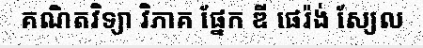
គណិតវិទ្យា វិភាគ ផ្នែក ឌី ផេរ៉ង់ ស្យែល